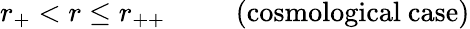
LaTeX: r_{+}<r\leq r_{++}\ \ \ \ \ \ \ \ \ \mathrm{~(cosmological~case)}